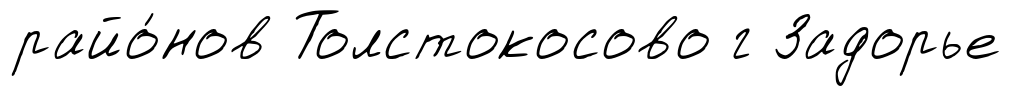
райо́нов Толстокосово г Задорье